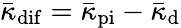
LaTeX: \bar{\kappa}_{\mathrm{dif}}=\bar{\kappa}_{\mathrm{pi}}-\bar{\kappa}_{\mathrm{d}}